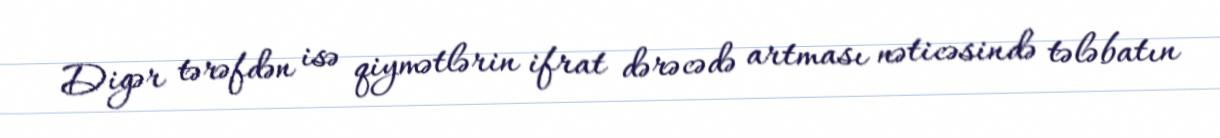
Digər tərəfdən isə qiymətlərin ifrat dərəcədə artması nəticəsində tələbatın